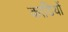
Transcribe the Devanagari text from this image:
काठियों